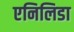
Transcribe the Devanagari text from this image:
एनिलिडा